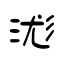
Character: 浝